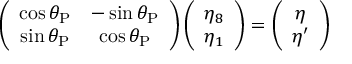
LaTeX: \left( { \begin{array} { c c } { \cos \theta _ { \mathrm { P } } } & { - \sin \theta _ { \mathrm { P } } } \\ { \sin \theta _ { \mathrm { P } } } & { \cos \theta _ { \mathrm { P } } } \end{array} } \right) \left( { \begin{array} { c } { \eta _ { 8 } } \\ { \eta _ { 1 } } \end{array} } \right) = \left( { \begin{array} { c } { \eta } \\ { \eta ^ { \prime } } \end{array} } \right)